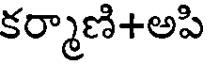
కర్మాణి+అపి